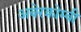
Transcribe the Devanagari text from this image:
अबेरक्रोम्बी